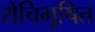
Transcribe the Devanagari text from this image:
रोचिभूषित